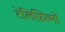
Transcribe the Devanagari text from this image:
टेलिफ़िल्मों